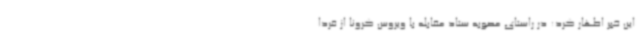
این خبر اظهار کرد: در راستای مصوبه ستاد مقابله با ویروس کرونا از فردا